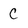
Character: C